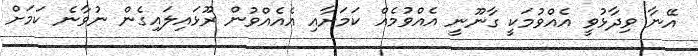
އޭނާ ވިދާޅުވީ އެއްވުމަކީ ގާނޫނީ އެއްވުމެއް ކަމަށާއި އެއެއްވުން ރޫޅައިލައިގެން ނުވާނެ ކަމަށް